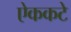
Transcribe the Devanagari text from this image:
ऐककटे